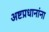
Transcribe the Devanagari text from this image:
अष्टप्रधानांना